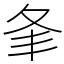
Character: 𡕗